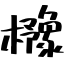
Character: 櫲